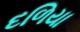
દળિયા